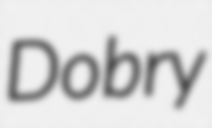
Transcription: Dobry